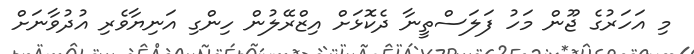
މި އަހަރުގެ ޖޫން މަހު ފަލަސްތީނާ ދެކޮޅަށް އިޒްރޭލުން ހިންގި އަނިޔާވެރި އުދުވާނަށް